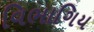
વિભાગિય